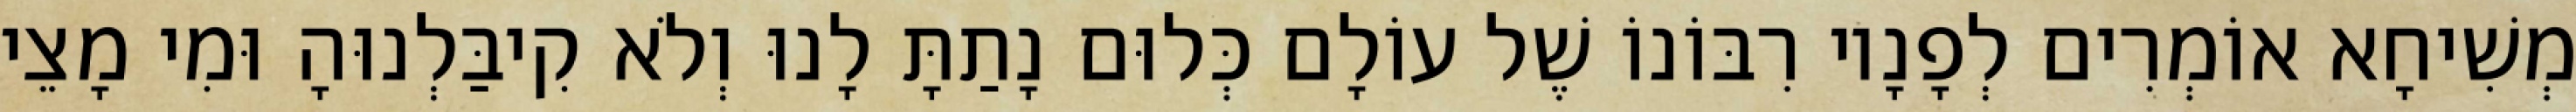
מְשִׁיחָא אוֹמְרִים לְפָנָיו רִבּוֹנוֹ שֶׁל עוֹלָם כְּלוּם נָתַתָּ לָנוּ וְלֹא קִיבַּלְנוּהָ וּמִי מָצֵי